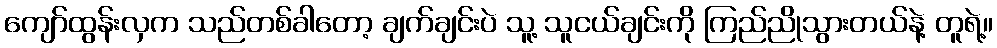
ကျော်ထွန်းလှက သည်တစ်ခါတော့ ချက်ချင်းပဲ သူ့ သူငယ်ချင်းကို ကြည်ညိုသွားတယ်နဲ့ တူရဲ့။